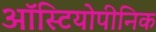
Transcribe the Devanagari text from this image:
ऑस्टियोपीनिक